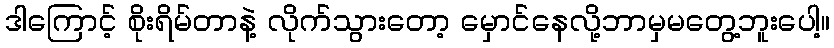
ဒါကြောင့် စိုးရိမ်တာနဲ့ လိုက်သွားတော့ မှောင်နေလို့ဘာမှမတွေ့ဘူးပေါ့။